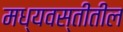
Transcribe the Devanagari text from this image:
मध्यवस्तीतील